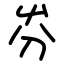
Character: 㞣